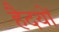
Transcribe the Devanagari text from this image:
हैदयों